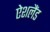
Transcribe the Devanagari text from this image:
ऐशलैंड